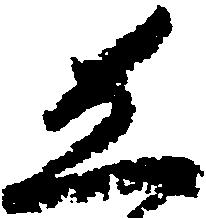
し